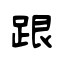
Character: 跟